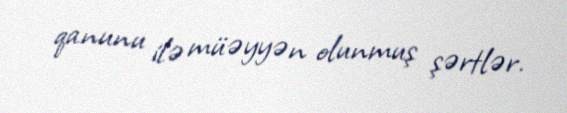
qanunu ilə müəyyən olunmuş şərtlər.